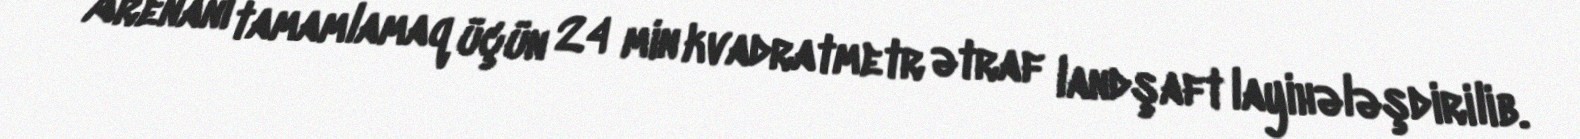
Arenanı tamamlamaq üçün 24 min kvadratmetr ətraf landşaft layihələşdirilib.